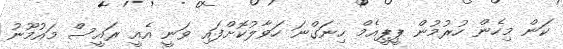
ކަން މިހެން ހުރުމުން ޕީޕީއެމް ހިނަގްނަ ހަވާލުކޮށްފައި ވަނީ އެއީ ރައީސް މައުމޫނު